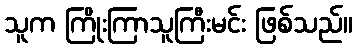
သူက ကြိုးကြာသူကြီးမင်း ဖြစ်သည်။